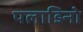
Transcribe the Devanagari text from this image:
पलाडिनो